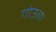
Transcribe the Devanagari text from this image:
गोउबा